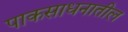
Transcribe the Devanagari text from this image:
पाकसाधनातील